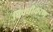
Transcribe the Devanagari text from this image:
विवधीकरण